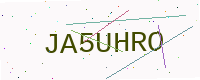
Text: JA5UHRO